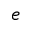
e